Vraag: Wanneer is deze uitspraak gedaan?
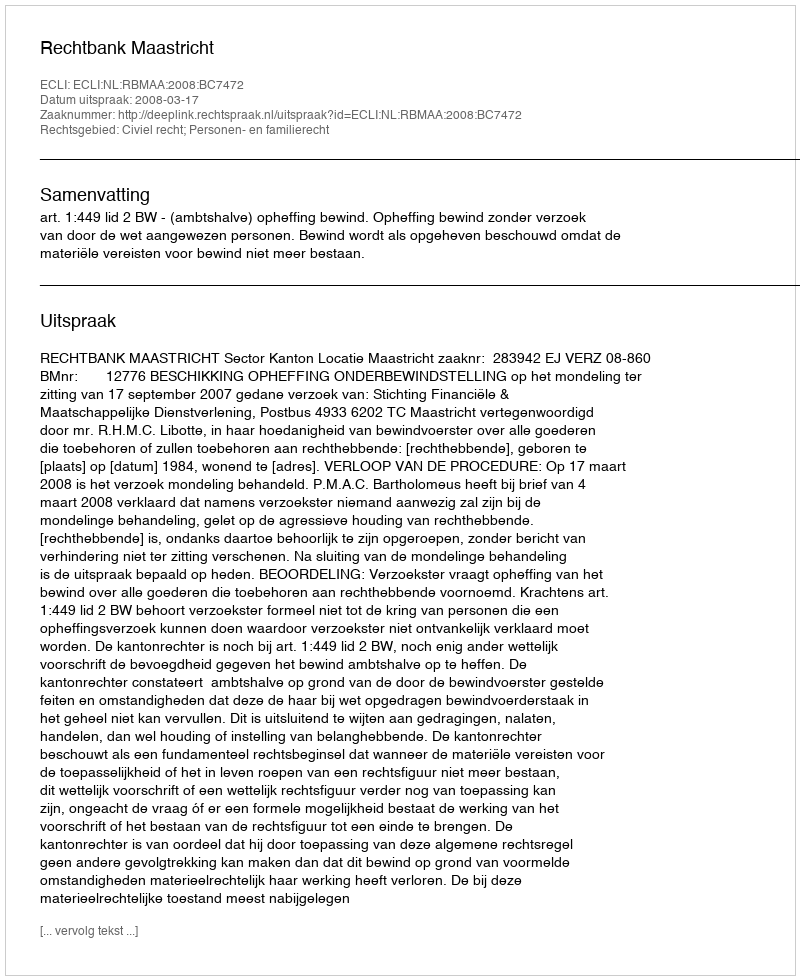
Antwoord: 2008-03-17